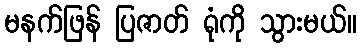
မနက်ဖြန် ပြဇာတ် ရုံကို သွားမယ်။